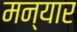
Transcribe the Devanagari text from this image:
मन्यार